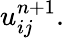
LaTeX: u_{ij}^{n+1}.